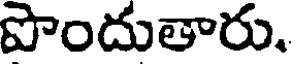
పొందుతారు.